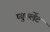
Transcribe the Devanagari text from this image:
प्युरुलेंट